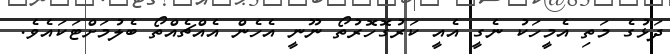
ދަޅުގެ މަތި އެމީހަކު ނެގީ އެއީ ކަރުގޮހޮރުތޯ ނޫނީ އެހެން އެއްޗެއްތޯ ބެލުމަށްޓަކައެވެ.